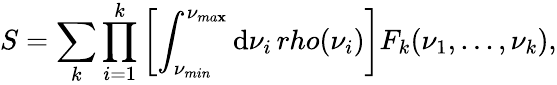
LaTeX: S=\sum_{k}\prod_{i=1}^{k}\left[\int_{\nu_{min}}^{\nu_{ma\mathbf{x}}}\mathrm{{d}}\nu_{i}\, rho(\nu_{i})\right]F_{k}(\nu_{1},...,\nu_{k}),